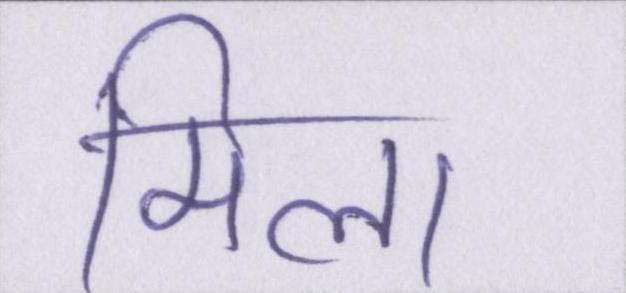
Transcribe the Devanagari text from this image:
मिला